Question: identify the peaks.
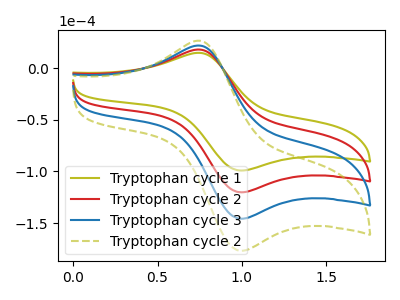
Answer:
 <answer>The olive curve "Tryptophan cycle 1" has an anodic peak at (0.75V, 14.90uA) and a cathodic peak at (1.00V, -99.10uA). The red curve "Tryptophan cycle 2" has an anodic peak at (0.75V, 18.10uA) and a cathodic peak at (1.00V, -120.25uA). The blue curve "Tryptophan cycle 3" has an anodic peak at (0.75V, 36.20uA) and a cathodic peak at (1.00V, -240.45uA). The olive dashed curve "Tryptophan cycle 2" has an anodic peak at (0.75V, 54.25uA) and a cathodic peak at (1.00V, -360.70uA).</answer>
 <eval></eval>